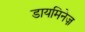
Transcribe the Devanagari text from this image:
डायमिनेज़